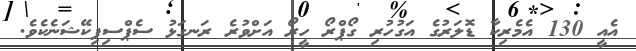
އެއީ 130 އެމެރިކާ ޑޮލަރުގެ އަގުހުރި ގޯޕްރޯ ހީރޯ އަށްވުރެ ރަނގަޅު ސެޕްސިފިކޭޝަނެކެވެ.